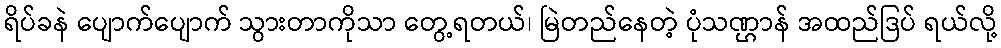
ရိပ်ခနဲ ပျောက်ပျောက် သွားတာကိုသာ တွေ့ရတယ်၊ မြဲတည်နေတဲ့ ပုံသဏ္ဌာန် အထည်ဒြပ် ရယ်လို့